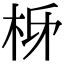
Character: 𭩩